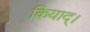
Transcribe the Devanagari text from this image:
कियाद्।